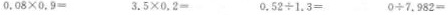
$$0 . 0 8 \times 0 . 9 =$$ $$3 . 5 \times 0 . 2 =$$ $$0 . 5 2 \div 1 . 3 =$$ $$0 \div 7 . 9 8 2 =$$